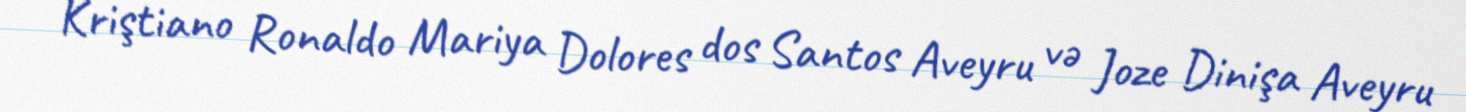
Kriştiano Ronaldo Mariya Dolores dos Santos Aveyru və Joze Dinişa Aveyru